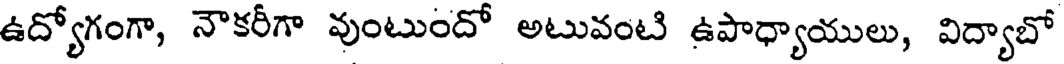
ఉద్యోగంగా, నౌకరీగా వుంటుందో అటువంటి ఉపాధ్యాయులు, విద్యాబో